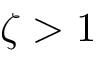
\zeta > 1